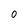
Character: 0